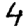
Digit: 4